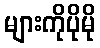
များကိုပိုမို